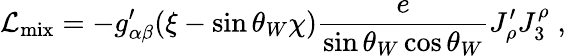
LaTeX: \mathcal{L}_{\mathrm{mix}}=-g_{\alpha\beta}^{\prime}(\xi-\sin\theta_{W}\chi)\frac{e}{\sin\theta_{W}\cos\theta_{W}}J_{\rho}^{\prime}J_{3}^{\rho}\; ,